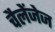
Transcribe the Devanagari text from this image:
चैलेंजेज